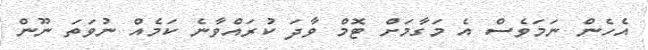
އެހެން ނަމަވެސް އެ މަގާމަށް ޓޮމް ވާދަ ކުރައްވާނެ ކަމެއް ނުވަތަ ނޫން